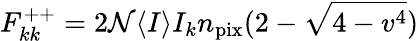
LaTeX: F_{kk}^{++}=2\mathcal{N}\langle I\rangle I_{k}n_{\mathrm{pix}}(2-\sqrt{4-v^{4}})